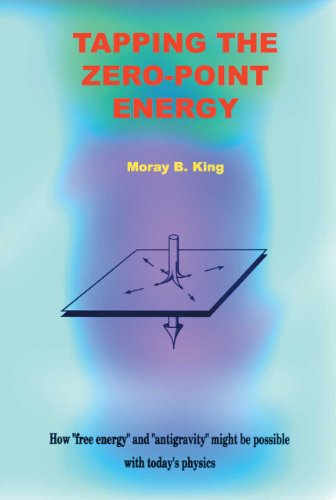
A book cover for Tapping the Zero Point Energy; Moray B. King; Science & Math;